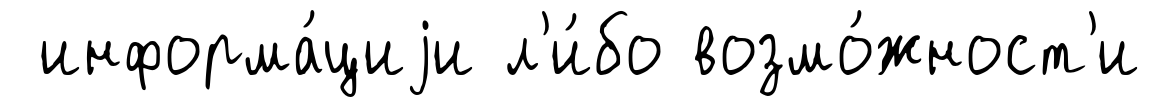
информа́циjи л'и́бо возмо́жност'и